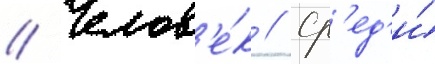
// Челов'е́к // Ср'ед'и́